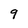
Character: 9